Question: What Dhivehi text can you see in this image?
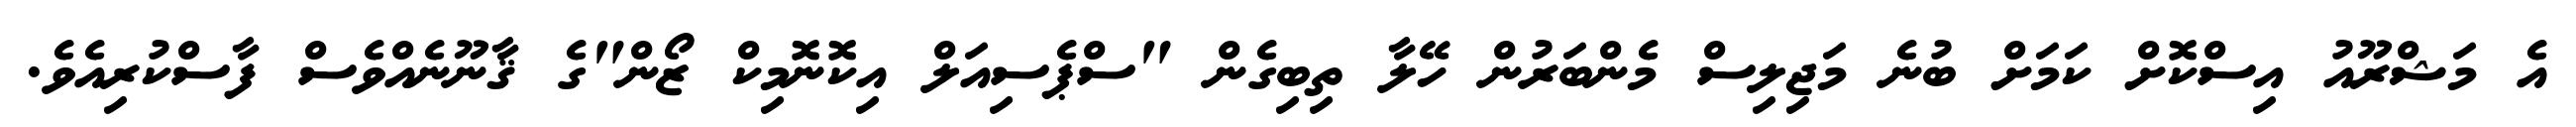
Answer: އެ މަޝްރޫއު އިސްކޮށް ކަމަށް ބުނެ މަޖިލިސް މެންބަރުން ހޭލާ ތިބިގެން "ސްޕެސިއަލް އިކޮނޮމިކް ޒޯން"ގެ ޤާނޫނެއްވެސް ފާސްކުރިއެވެ.